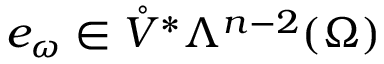
e _ { \omega } \in \mathring { V } ^ { \ast } \Lambda ^ { n - 2 } ( \Omega )